Leaving Certificate Examination, 1924
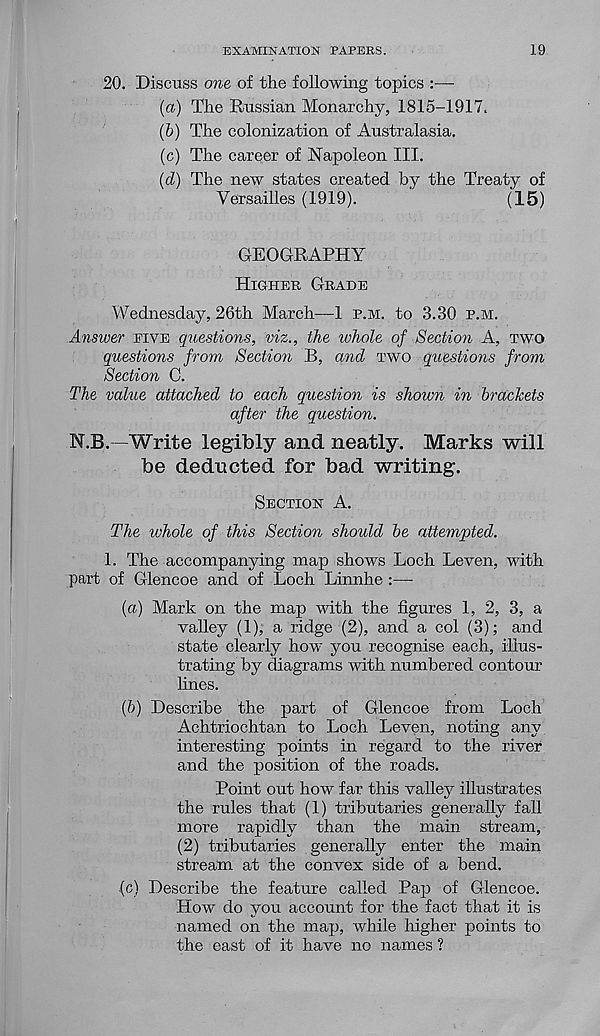
EXAMINATION PAPERS.
19
20. Discuss one of the following topics
(a) The Russian Monarchy, 1815-1917.
(b) The colonization of Australasia.
(c) The career of Napoleon III.
(<i) The new states created by the Treaty of
Versailles (1919).
'
(15)
GEOGRAPHY
HIGHER GRADE
Wednesday, 26th March—1 P.M. to 3.30 P.M.
Answer FIVE questions, viz., the whole of Section A, TWO
questions from Section B, and TWO questions from
Section C.
The value attached to each question is shown in brackets
after the question.
N.B. -Write legibly and neatly. Marks will
be deducted for bad writing.
SECTION A.
The whole of this Section should be attempted.
1. The accompanying map shows Loch Leven, with
part of Glencoe and of Loch Linnhe :—-
(a) Mark on the map with the figures 1, 2, 3, a
valley (1), a ridge (2), and a col (3); and
state clearly how you recognise each, illus-
trating by diagrams with numbered contour
lines.
(ft) Describe the part of Glencoe from Loch
Achtriochtan to Loch Leven, noting any
interesting points in regard to the river
and the position of the roads.
Point out how far this valley illustrates
the rules that (1) tributaries generally fall
more rapidly than the main stream,
(2) tributaries generally enter the main
stream at the convex side of a bend.
■(c) Describe the feature called Pap of Glencoe.
How do you account for the fact that it is
named on the map, while higher points to
the east of it have no names ?